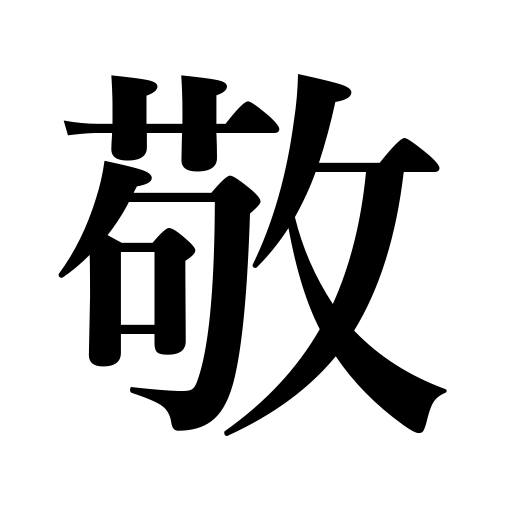
Meanings: revere,honor,respect,venerate